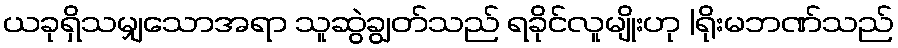
ယခုရှိသမျှသောအရာ သူဆွဲချွတ်သည် ရခိုင်လူမျိုးဟု |ရိုးမဘဏ်သည်